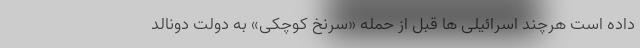
داده است هرچند اسرائیلی ها قبل از حمله «سرنخ کوچکی» به دولت دونالد